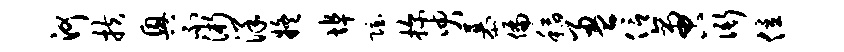
河扶兴不浙洋疑埠隐探臾慕偏稻盈信啻衙位